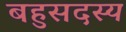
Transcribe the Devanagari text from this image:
बहुसदस्य